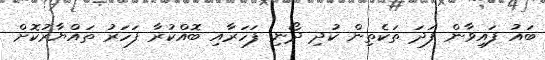
ބައު ފައިވާން ފަދަ ތަކެތިން ކުދި ދޯނި ފަހަރާއި ބޮއްކުރާ ފަހަރު ތައްޔާރުކޮށް